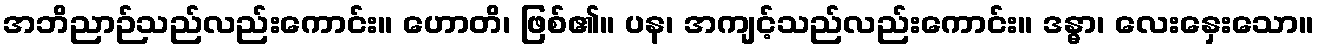
အဘိညာဉ်သည်လည်းကောင်း။ ဟောတိ၊ ဖြစ်၏။ ပန၊ အကျင့်သည်လည်းကောင်း။ ဒန္ဓာ၊ လေးနှေးသော။